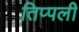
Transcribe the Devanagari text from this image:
तिप्पली